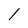
Character: l